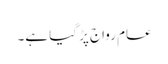
عام رواج پڑ گیا ہے۔